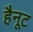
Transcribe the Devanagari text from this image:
हैनूट